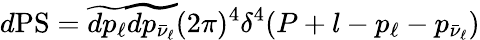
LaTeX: d\mathrm{PS}=\widetilde{dp_{\ell}}\widetilde{dp_{\bar{\nu}_{\ell}}}(2\pi)^{4}\delta^{4}(P+l-p_{\ell}-p_{\bar{\nu}_{\ell}})